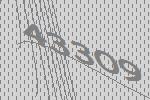
43309